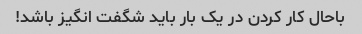
باحال کار کردن در یک بار باید شگفت انگیز باشد!